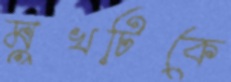
মুখটিকে